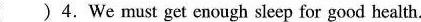
( )4.We must get enough sleep for good health.